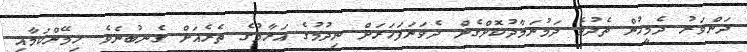
ދަންވަރު ދެމީހުން ތެދުވެ ދަމުނަމާދުކޮށްގެން ދެވަނަފަހަރަށް ނިދުމުގެ އަރާމުގެ ތެރެއަށް ގެނބުނެވެ. ހިމޭންކަމާއި